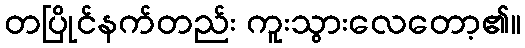
တပြိုင်နက်တည်း ကူးသွားလေတော့၏။